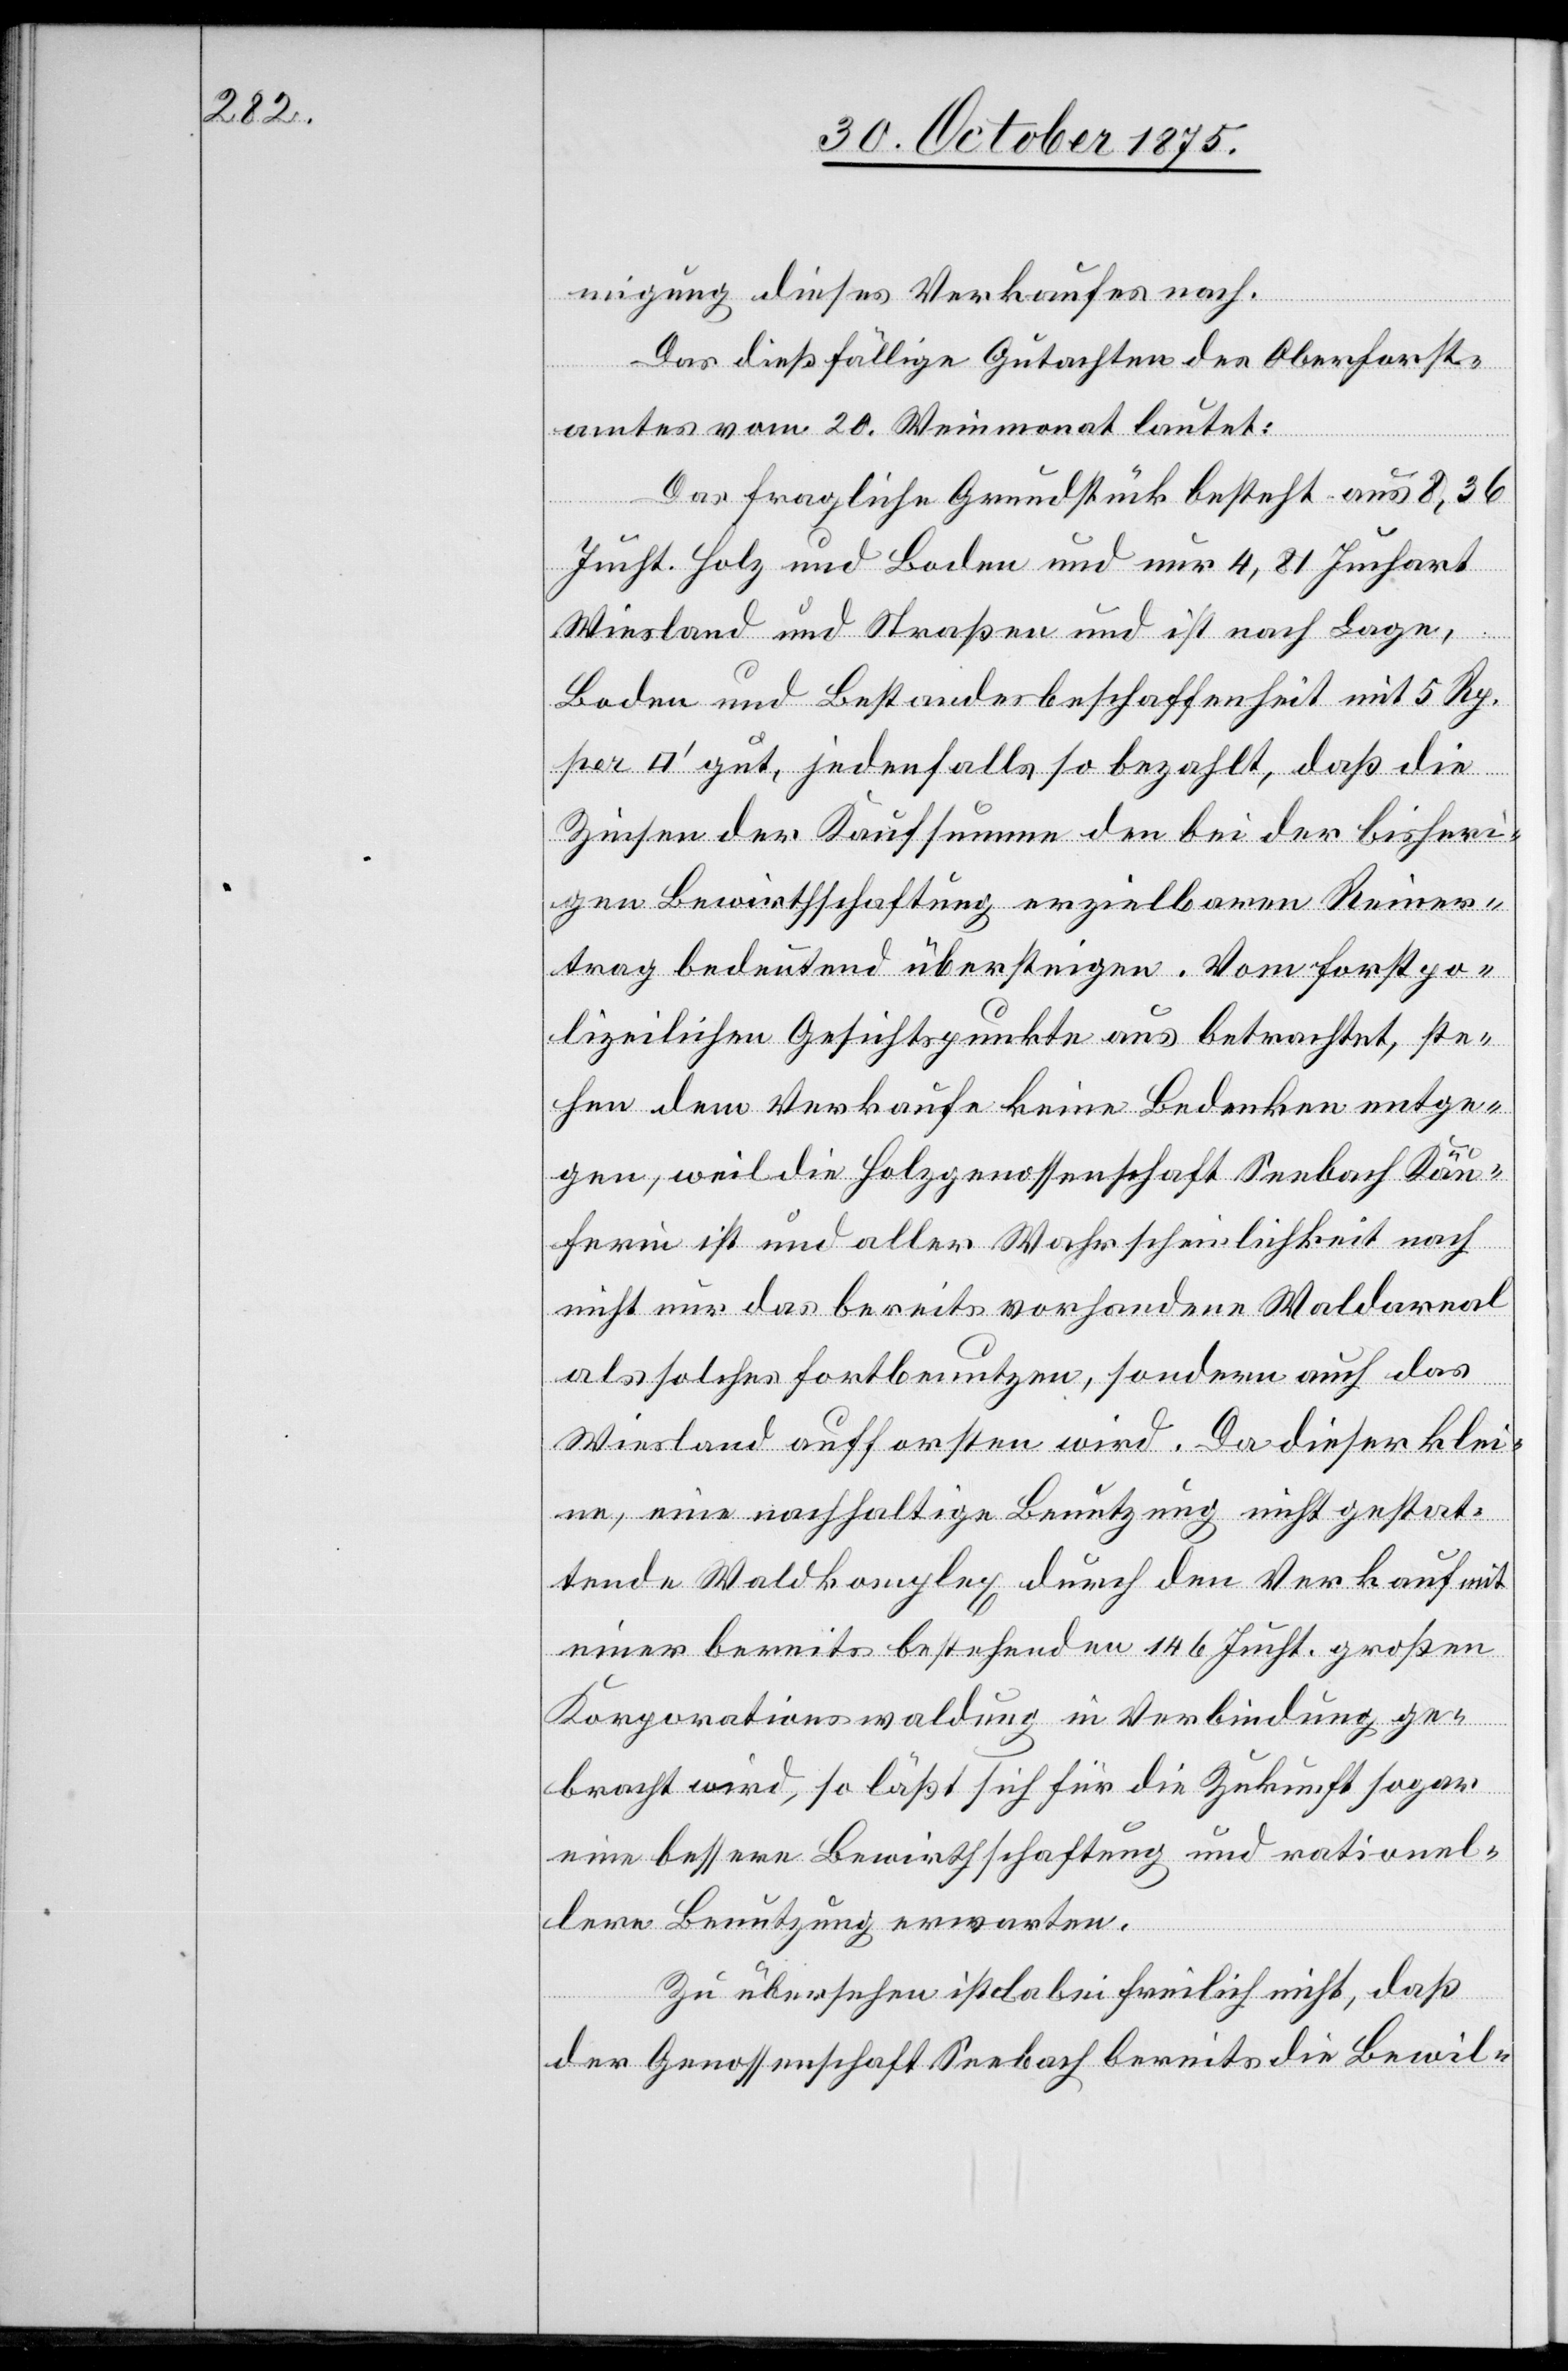
migung dieses Verkaufes nach.
Das dießfällige Gutachten des Oberforst¬
amtes vom 20. Weinmonat lautet:
Das fragliche Grundstück besteht aus 8,36
Jucht. Holz und Boden und nur 4,81 Juchart
Wiesland und Straßen und ist nach Lage,
Boden und Bestandesbeschaffenheit mit 5 Rp.
ratfuß] gut, jedenfalls so bezahlt, daß die
[Q¬
Zinsen der Kaufsumme den bei der bisheri¬
gen Bewirthschaftung erzielbaren Reiner¬
trag bedeutend übersteigen. Vom forstpo¬
lizeilichen Gesichtspunkte aus betrachtet, ste¬
hen dem Verkaufe keine Bedenken entge¬
gen, weil die Holzgenossenschaft Seebach Käu¬
ferin ist und aller Wahrscheinlichkeit nach
nicht nur das bereits vorhandene Waldareal
als solches fortbenutzen, sondern auch das
Wiesland aufforsten wird. Da dieser klei¬
ne, eine nachhaltige Benutzung nicht gestat¬
tende Waldkomplex durch den Verkauf mit
einer bereits bestehenden 146 Jucht. großen
Korporationswaldung in Verbindung ge¬
bracht wird, so läßt sich für die Zukunft sogar
eine bessere Bewirthschaftung und rationel¬
lere Benutzung erwarten.
uad¬
Zu übersehen ist dabei freilich nicht, daß
der Genossenschaft Seebach bereits die Bewil-